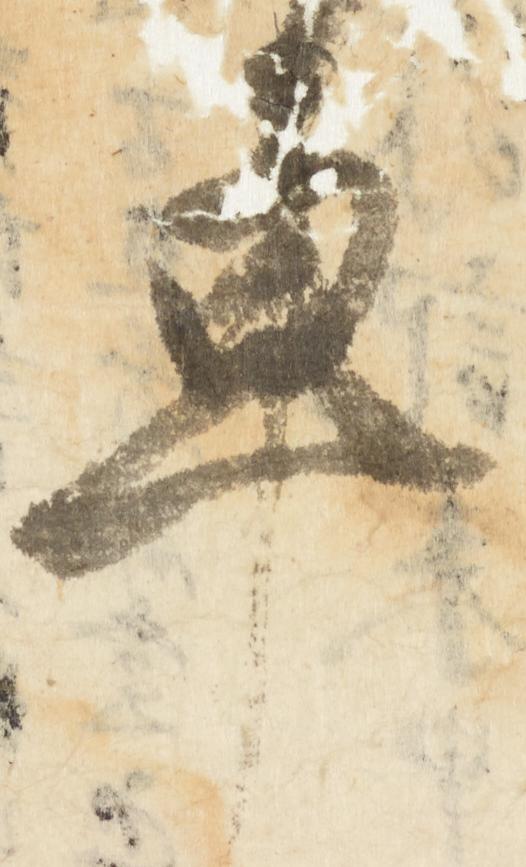
車